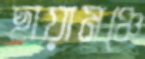
ছায়ামঞ্চে